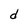
Character: d